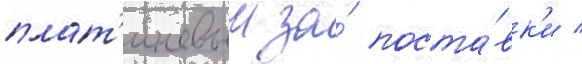
плат'иновыи за́ поста́вк'и /